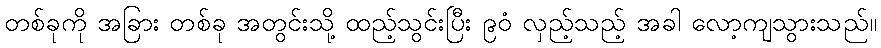
တစ်ခုကို အခြား တစ်ခု အတွင်းသို့ ထည့်သွင်းပြီး ၉၀ံ လှည့်သည့် အခါ လော့ကျသွားသည်။